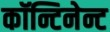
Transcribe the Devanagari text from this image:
कॉन्टिनेन्ट